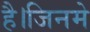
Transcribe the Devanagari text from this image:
है।जिनमे